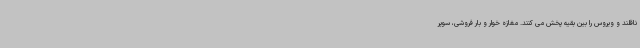
ناقلند و ویروس را بین بقیه پخش می کنند. مغازه خوار و بار فروشی، سوپر